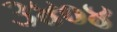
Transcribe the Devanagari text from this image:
३४०४